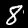
Label: 8